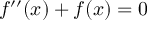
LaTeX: f ^ { \prime \prime } ( x ) + f ( x ) = 0